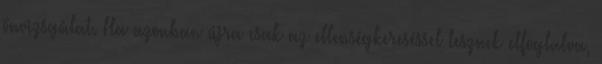
önvizsgálat. Ha azonban újra csak az ellenségkereséssel lesznek elfoglalva,